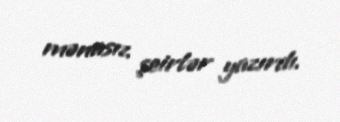
mənasız şeirlər yazırdı.